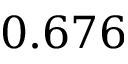
0 . 6 7 6